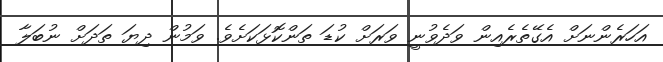
އަހަރެންނަށް އެގޭތެރެއިން ވަދެވުނީ ވަރަށް ކުޑަ ތަންކޮޅަކަށެވެ. ވަމުން ދިޔަ ތަދަށް ނުބަލާ